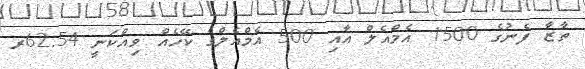
ތާޒާ ފެނުގެ 1500 އެމްއެލް އާއި 500 އެމްއެލްގެ ކޭހެއް ވިއްކަނީ 62.54ރ